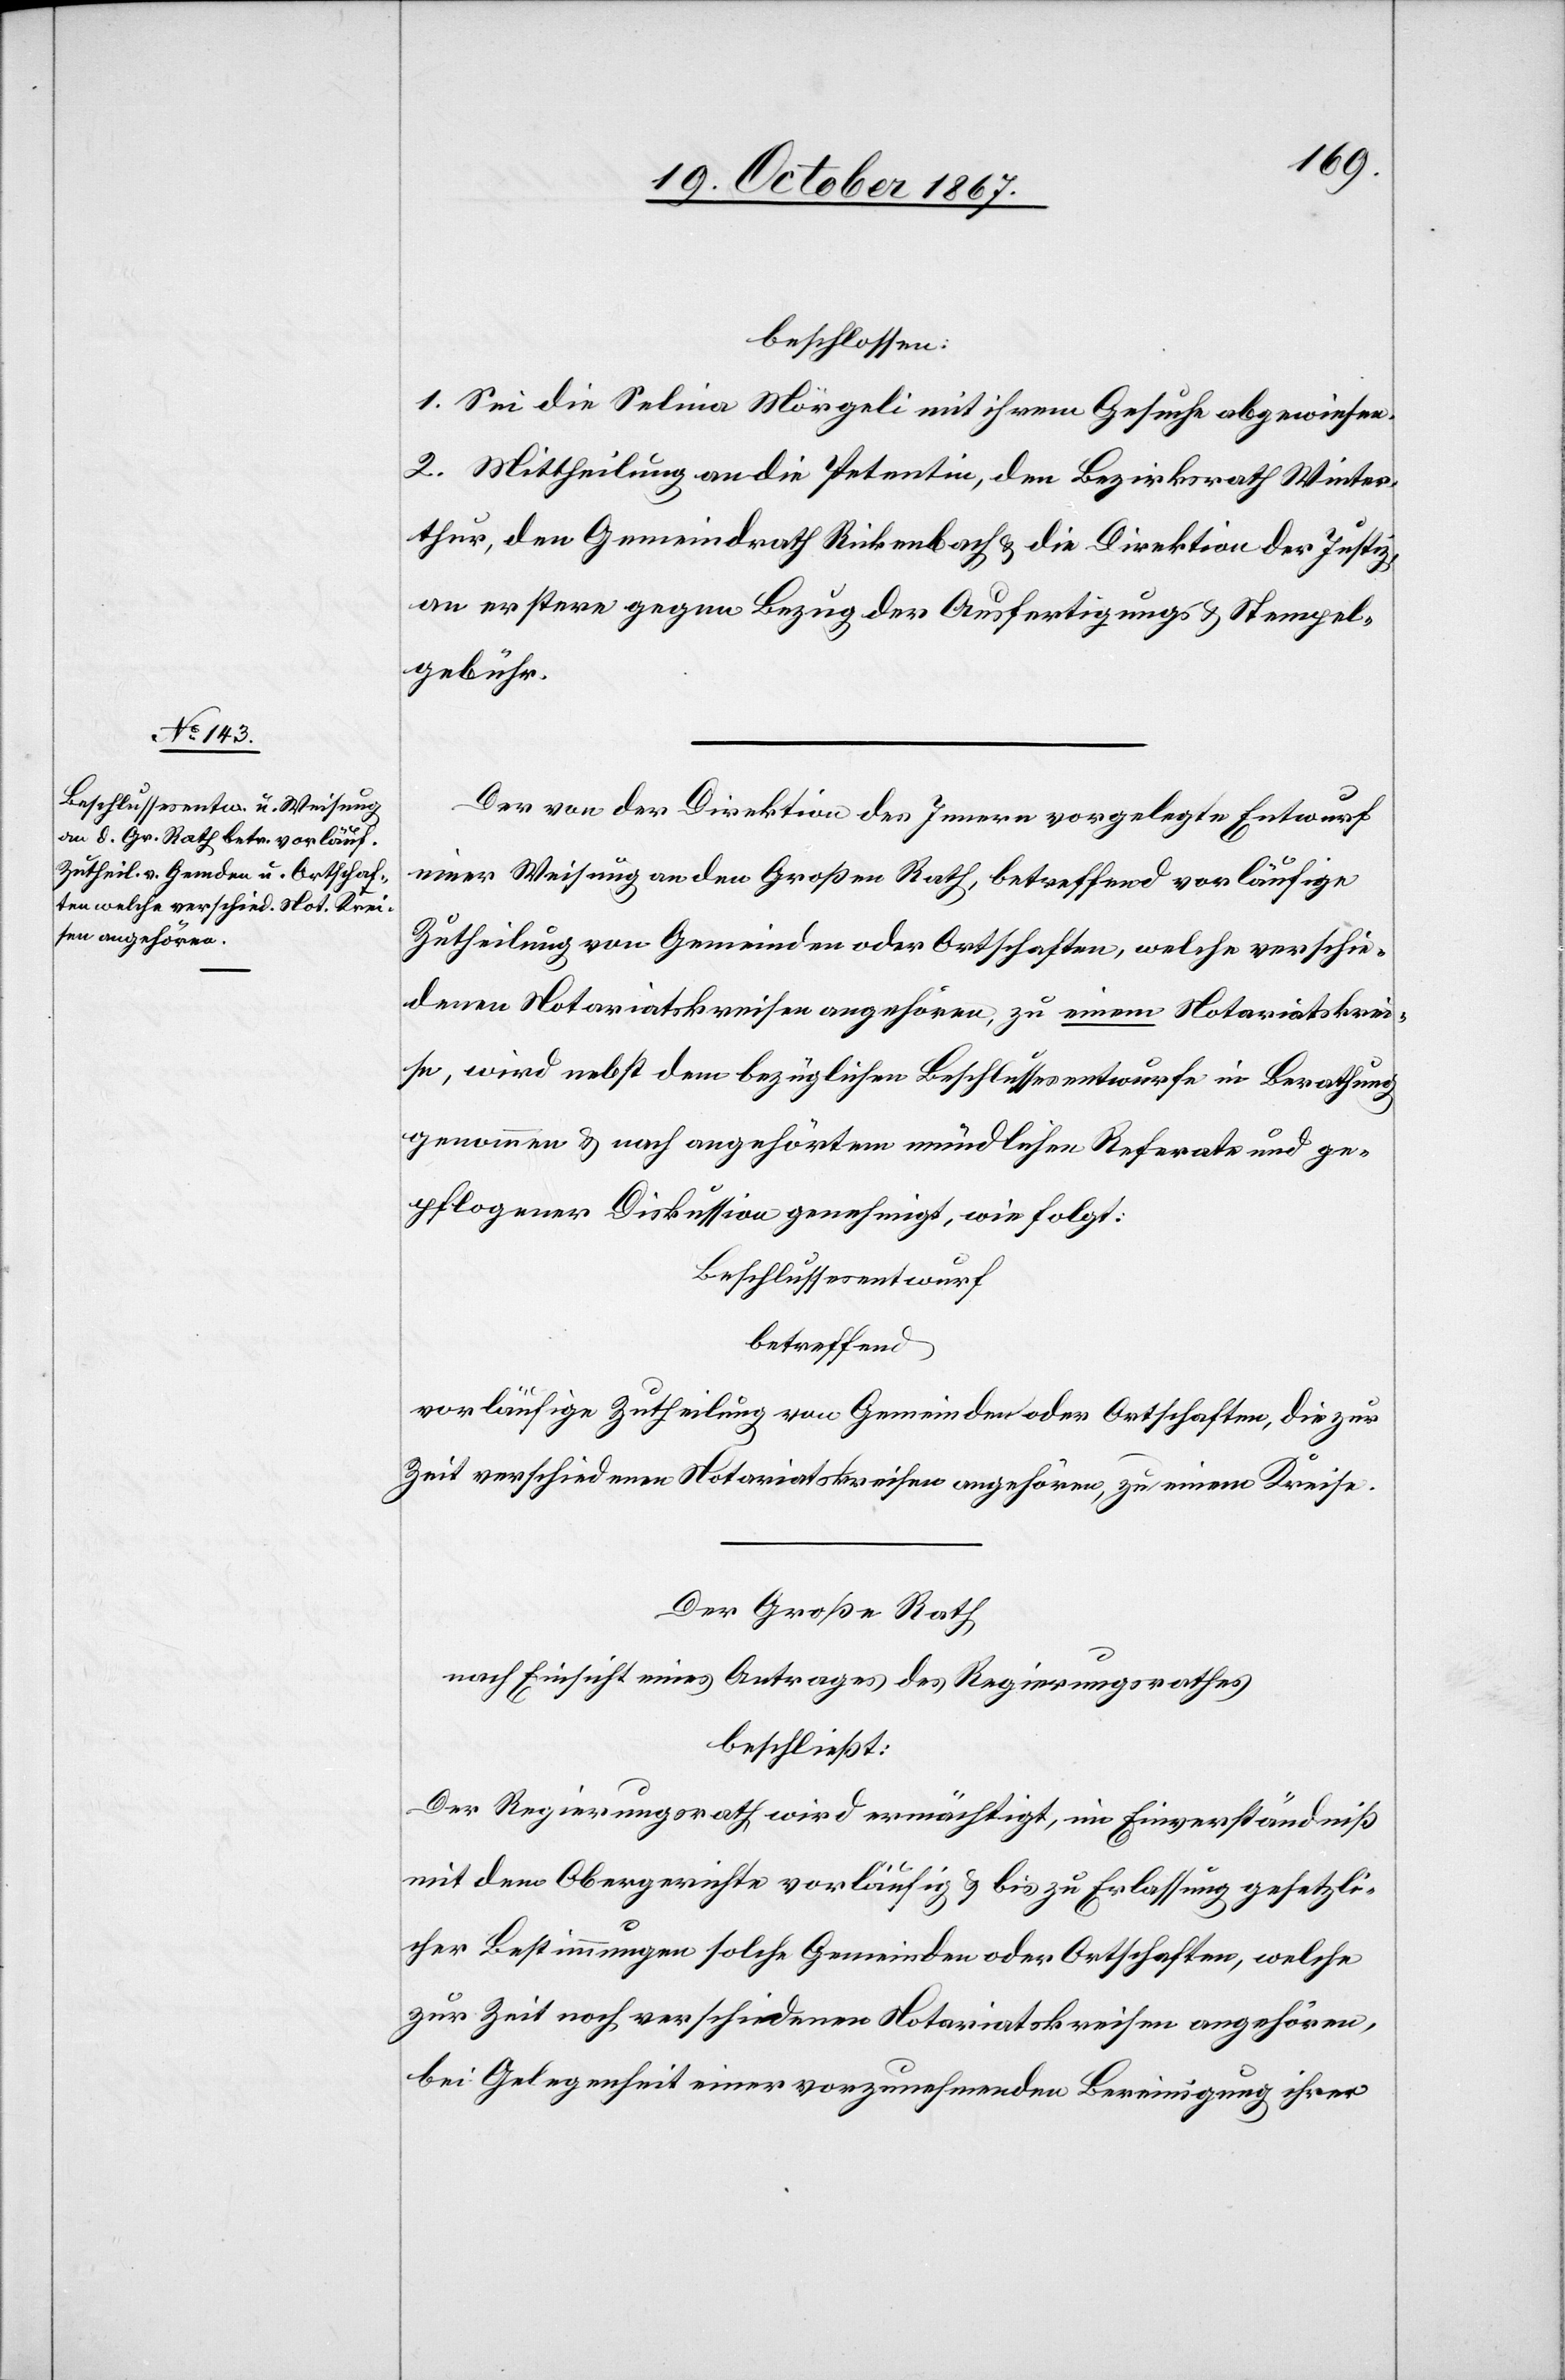
beschlossen:
1. Sei die Selina Mörgeli mit ihrem Gesuche abgewiesen.
2. Mittheilung an die Petentin, den Bezirksrath Winter¬
thur, den Gemeindrath Rickenbach u. die Direktion der Justiz,
an erstere gegen Bezug der Ausfertigungs- u. Stempel¬
gebühr.
Der von der Direktion des Innern vorgelegte Entwurf
einer Weisung an den Großen Rath, betreffend vorläufige
Zutheilung von Gemeinden oder Ortschaften, welche verschie¬
denen Notariatskreisen angehören, zu einem Notariatskrei¬
se, wird nebst dem bezüglichen Beschlussesentwurfe in Berathung
genommen u. nach angehörtem mündlichen Referate und ge¬
pflogener Diskussion genehmigt, wie folgt:
Beschlussesentwurf
betreffend
vorläufige Zutheilung von Gemeinden oder Ortschaften, die zur
Zeit verschiedenen Notariatskreisen angehören, zu einem Kreise.
Der Große Rath
nach Einsicht eines Antrages der Regierungsrathes
beschließt:
Der Regierungsrath wird ermächtigt, im Einverständniß
mit dem Obergerichte vorläufig u. bis zu Erlassung gesetzli¬
cher Bestimmungen solche Gemeinden oder Ortschaften, welche
zur Zeit noch verschiedenen Notariatskreisen angehören,
bei Gelegenheit einer vorzunehmenden Bereinigung ihrer